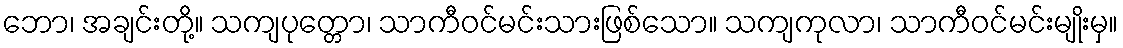
ဘော၊ အချင်းတို့။ သကျပုတ္တော၊ သာကီဝင်မင်းသားဖြစ်သော။ သကျကုလာ၊ သာကီဝင်မင်းမျိုးမှ။